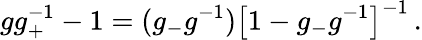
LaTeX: gg_{+}^{-1}-1=(g_{-}g^{-1})\bigl[1-g_{-}g^{-1}\bigr]^{-1}\, .